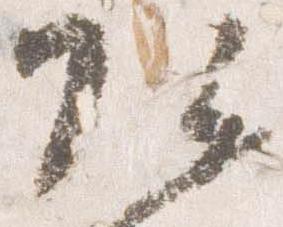
頭